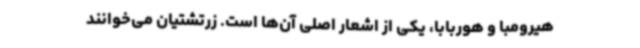
هیرومبا و هوربابا، یکی از اشعار اصلی آن‌ها است. زرتشتیان می‌خوانند